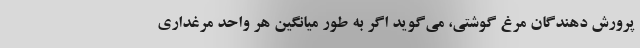
پرورش دهندگان مرغ گوشتی، می‌گوید اگر به طور میانگین هر واحد مرغداری